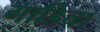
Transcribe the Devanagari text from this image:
गाडिचा